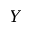
Y